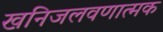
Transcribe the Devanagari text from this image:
खनिजलवणात्मक